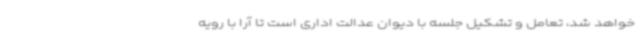
خواهد شد، تعامل و تشکیل جلسه با دیوان عدالت اداری است تا آرا با رویه